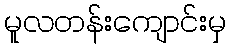
မူလတန်းကျောင်းမှ